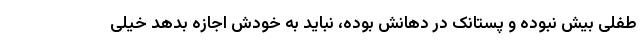
طفلی بیش نبوده و پستانک در دهانش بوده، نباید به خودش اجازه بدهد خیلی